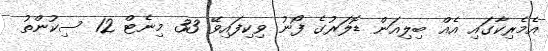
އެމެރިކާގައި އެއް ބިލިއަން ޑޮލަރުގެ ފޯނު ވިކިފައިވޭ 33 މިނެޓް 12 ސިކުންތު